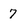
Character: 7